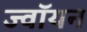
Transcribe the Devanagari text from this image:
ज्वॉयन